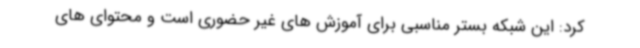
کرد: این شبکه بستر مناسبی برای آموزش های غیر حضوری است و محتوای های